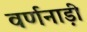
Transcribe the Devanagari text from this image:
वर्णनाड़ी